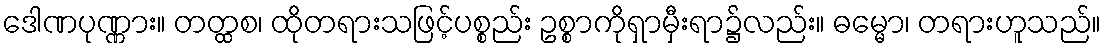
ဒေါဏပုဏ္ဏား။ တတ္ထစ၊ ထိုတရားသဖြင့်ပစ္စည်း ဥစ္စာကိုရှာမှီးရာ၌လည်း။ ဓမ္မော၊ တရားဟူသည်။